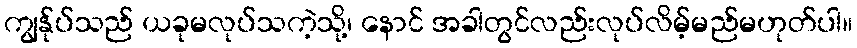
ကျွန်ုပ်သည် ယခုမလုပ်သကဲ့သို့၊ နောင် အခါတွင်လည်းလုပ်လိမ့်မည်မဟုတ်ပါ။